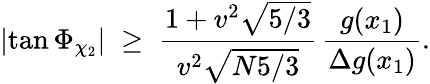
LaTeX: \left|\tan\Phi_{\chi_{2}}\right|\; \ge\; {\frac{1+v^{2}\sqrt{5/3}}{v^{2}\sqrt{N5/3}}}\, {\frac{g(x_{1})}{\Delta g(x_{1})}}.